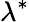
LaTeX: \lambda^{\ast}